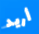
أريد